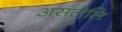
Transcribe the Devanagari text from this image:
असलेलि